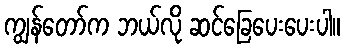
ကျွန်တော်က ဘယ်လို ဆင်ခြေပေးပေးပါ။